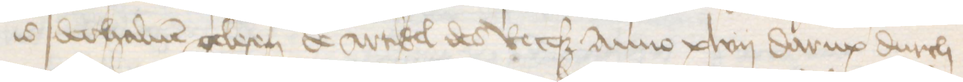
is derhaluen gelesen de artikel des Receß Anno xlvij darup durch